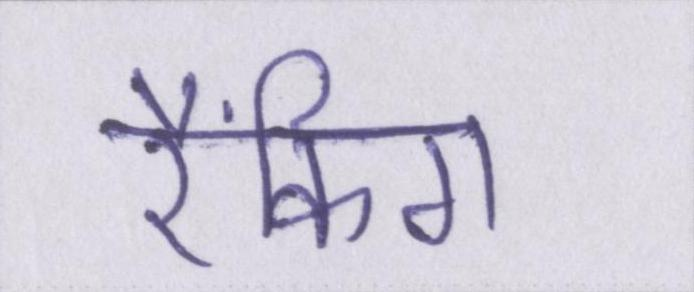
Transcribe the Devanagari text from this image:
रैंकिग